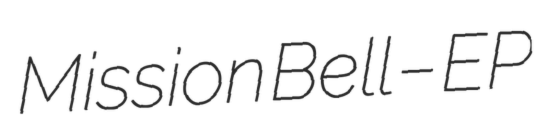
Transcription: Mission Bell – EP